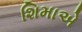
શિમાએ